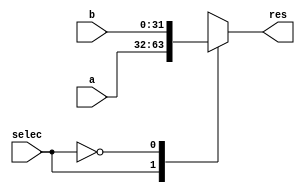
module ADDER1Mux2_1_32(
    input [31:0] a,
    input [31:0] b,
    input selec,
    output reg [31:0] res
);

always @*
begin
    
    case (selec)

    1'b1:
    begin
        res = a;
        
    end

    1'b0:
    begin
        res = b;
    end
    endcase

end
endmodule